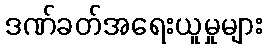
ဒဏ်ခတ်အရေးယူမှုများ